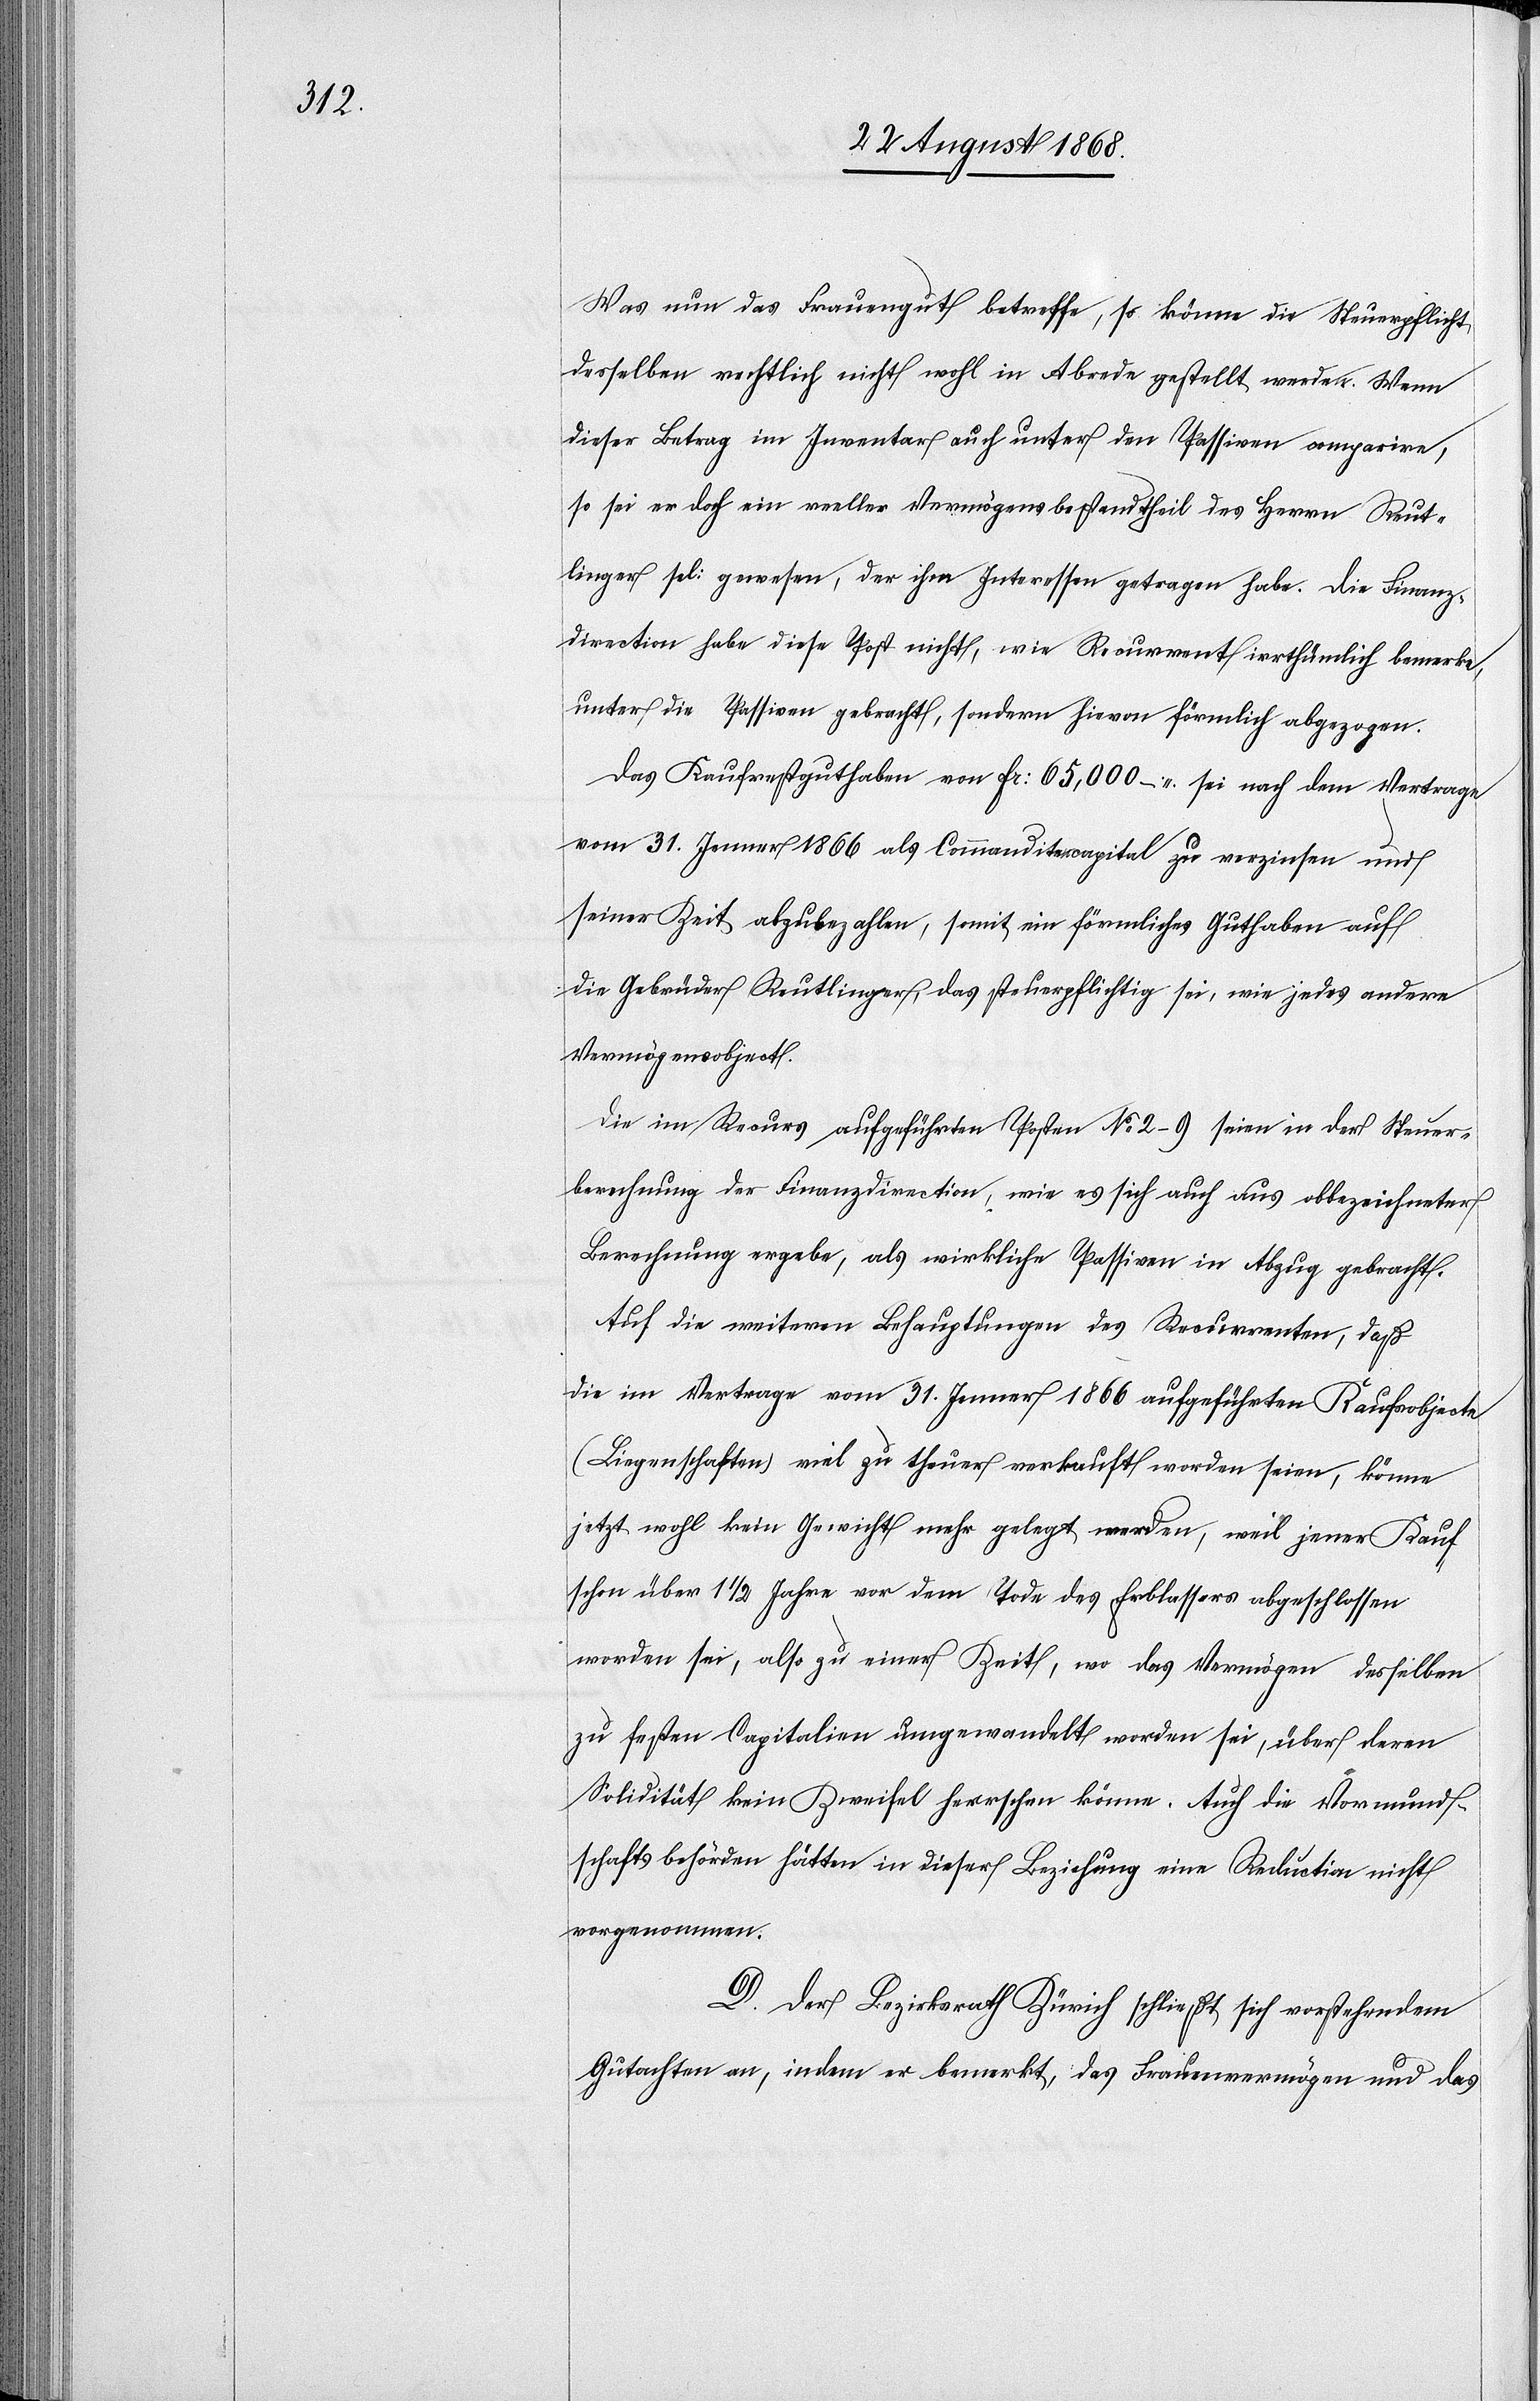
Was nun das Frauengut betreffe, so könne die Steuerpflicht
desselben rechtlich nicht wohl in Abrede gestellt werden. Wenn
dieser Betrag im Inventar auch unter den Passiven comparire,
so sei er doch ein reeller Vermögensbestandtheil des Herrn Reut¬
linger sel: gewesen, der ihm Interessen getragen habe. Die Finanz¬
direction habe diese Post nicht, wie Recurrent irrthümlich bemerke,
unter die Passiven gebracht, sondern hievon förmlich abgezogen.
Das Kaufrestguthaben von Fr: 65,000 – sei nach dem Vertrage
vom 31. Jenner 1866 als Commanditencapital zu verzinsen und
seiner Zeit abzubezahlen, somit ein förmliches Guthaben auf
die Gebrüder Reutlinger, das steuerpflichtig sei, wie jedes andere
Vermögensobject.
Die im Recurs aufgeführten Posten No 2–9 seien in der Steuer¬
berechnung der Finanzdirection, wie es sich auch aus obbezeichneter
Berechnung ergebe, als wirkliche Passiven in Abzug gebracht.
Auf die weiteren Behauptungen des Recurrenten, daß
die im Vertrage vom 31. Jenner 1866 aufgeführten Kaufsobjecte
(Liegenschaften) viel zu theuer verkauft worden seien, könne
jetzt wohl kein Gewicht mehr gelegt werden, weil jener Kauf
schon über 1 1/2 Jahre vor dem Tode des Erblassers abgeschlossen
worden sei, also zu einer Zeit, wo das Vermögen desselben
zu festen Capitalien umgewandelt worden sei, über deren
Solidität kein Zweifel herrschen könne. Auch die Vormund¬
schaftsbehörden hätten in dieser Beziehung eine Reduction nicht
vorgenommen.
D. Der Bezirksrath Zürich schließt sich vorstehendem
Gutachten an, indem er bemerkt, das Frauenvermögen und das